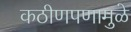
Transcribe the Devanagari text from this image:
कठीणपणामुळे